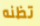
تظنه